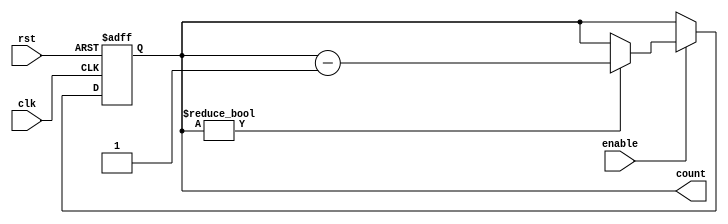
module Binary_Down_Counter_With_Enable (
    input wire clk,   // Clock signal
    input wire enable,   // Enable signal
    input wire rst,   // Reset signal
    output reg [N-1:0] count   // Binary down counter output
);

parameter N = 8;   // Number of bits for the counter

always @ (posedge clk or posedge rst) begin
    if (rst) begin
        count <= N'd0;   // Reset the counter to 0
    end else begin
        if (enable) begin
            if (count != N'd0) begin
                count <= count - 1;   // Decrement the counter by 1
            end
        end
    end
end

endmodule